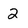
Character: 2